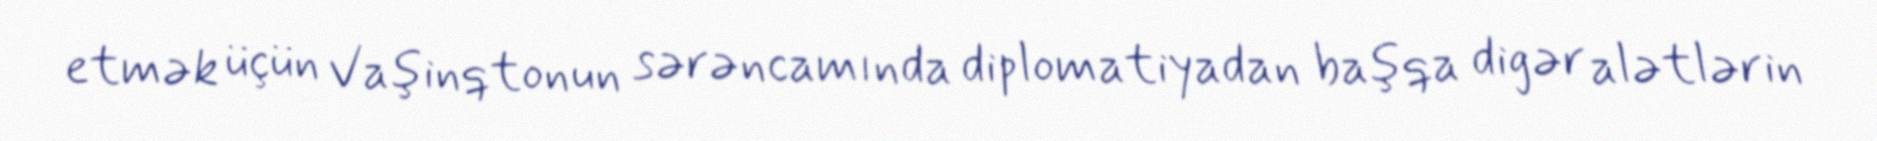
etmək üçün Vaşinqtonun sərəncamında diplomatiyadan başqa digər alətlərin